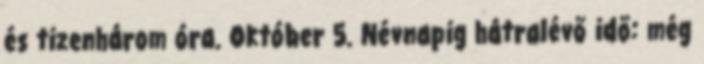
és tizenhárom óra. Október 5. Névnapig hátralévő idő: még